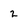
Character: 2